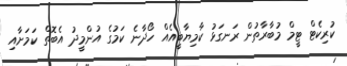
ކުރިކެޓް ޓީމް މުބާރާތުން ރަނގަޅު ކާމިޔާބީއެއް ހޯދާނެ ކަމުގެ އުންމީދު އެބޮތް ކަމަށާއި